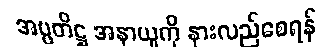
အပ္ပတိဋ္ဌ အနာယူကို နားလည်စေရန်